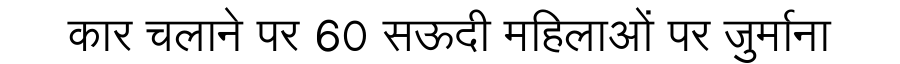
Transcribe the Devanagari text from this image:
कार चलाने पर 60 सऊदी महिलाओं पर जुर्माना